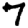
Digit: 7